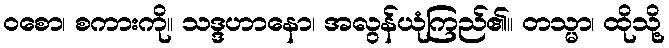
ဝစော၊ စကားကို။ သဒ္ဒဟာနော၊ အလွန်ယုံကြည်၏။ တသ္မာ၊ ထိုသို့